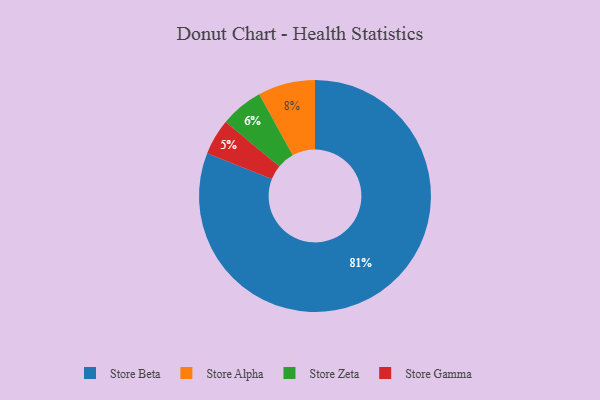
{"axis": {"x": "Category", "y": "Percentage"}, "legend": ["Store Alpha", "Store Beta", "Store Gamma", "Store Zeta"], "data": [{"x": "Store Alpha", "y": 8, "type": "Store Alpha"}, {"x": "Store Zeta", "y": 6, "type": "Store Zeta"}, {"x": "Store Gamma", "y": 5, "type": "Store Gamma"}, {"x": "Store Beta", "y": 81, "type": "Store Beta"}]}